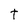
Character: t